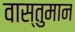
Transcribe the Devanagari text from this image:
वास्तुमान